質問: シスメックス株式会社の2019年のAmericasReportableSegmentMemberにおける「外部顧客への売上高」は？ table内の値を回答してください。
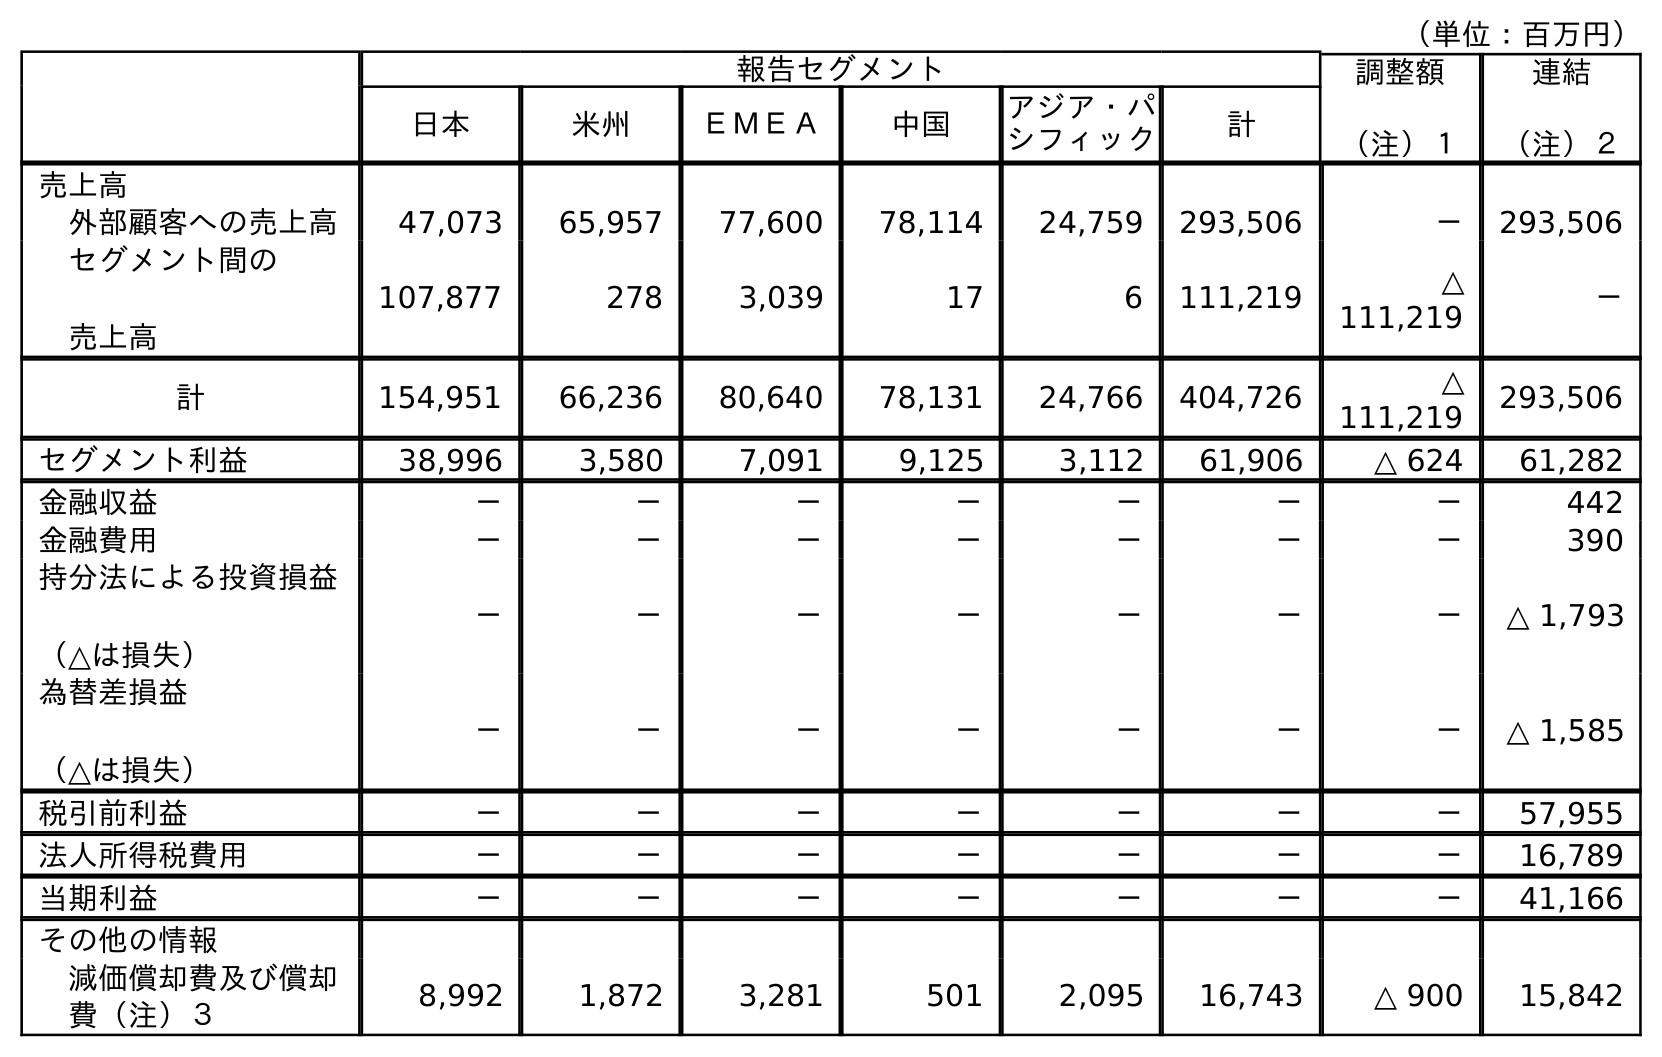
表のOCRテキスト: （単位：百万円） 報告セグメント 調整額 （注）１ 連結 （注）２ 日本 米州 ＥＭＥＡ 中国 アジア・パ シフィック 計 売上高 外部顧客への売上高 47,073 65,957 77,600 78,114 24,759 293,506 － 293,506 セグメント間の 売上高 107,877 278 3,039 17 6 111,219 △ 111,219 － 計 154,951 66,236 80,640 78,131 24,766 404,726 △ 111,219 293,506 セグメント利益 38,996 3,580 7,091 9,125 3,112 61,906 △ 624 61,282 金融収益 － － － － － － － 442 金融費用 － － － － － － － 390 持分法による投資損益 （△は損失） － － － － － － － △ 1,793 為替差損益 （△は損失） － － － － － － － △ 1,585 税引前利益 － － － － － － － 57,955 法人所得税費用 － － － － － － － 16,789 当期利益 － － － － － － － 41,166 その他の情報 減価償却費及び償却 費（注）３ 8,992 1,872 3,281 501 2,095 16,743 △ 900 15,842
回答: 65,957